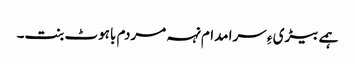
ہمے بیڑی ءِ سرا مدام نہہ مردم باہوٹ بنت۔